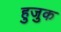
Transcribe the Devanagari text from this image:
हुजुक